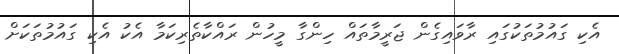
އެކި ގައުމުތަކުގައި ރާވައިގެން ޖަރީމާތައް ހިންގާ މީހުން ރައްކާތެރިކަމާ އެކު އެކި ގައުމުތަކަށް